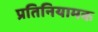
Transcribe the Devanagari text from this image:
प्रतिनियामक